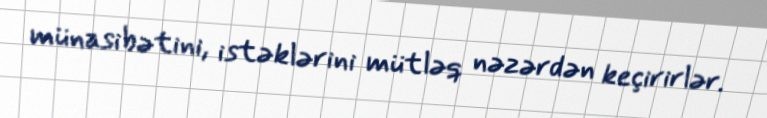
münasibətini, istəklərini mütləq nəzərdən keçirirlər.